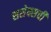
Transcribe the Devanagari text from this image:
ससेक्सची